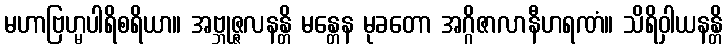
မဟာဗြဟ္မပါရိစရိယာ။ အဗ္ဘုဇ္ဇလနန္တိ မန္တေန မုခတော အဂ္ဂိဇာလာနီဟရဏံ။ သိရိဝှါယနန္တိ